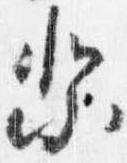
祭